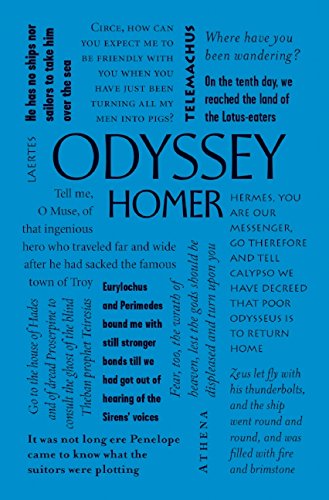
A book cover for Odyssey (Word Cloud Classics); Homer; Literature & Fiction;